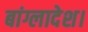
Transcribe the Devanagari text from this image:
बांग्लादेश।